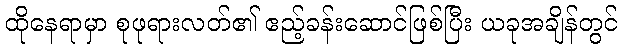
ထိုနေရာမှာ စုဖုရားလတ်၏ ဧည့်ခန်းဆောင်ဖြစ်ပြီး ယခုအချိန်တွင်